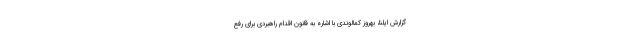
گزارش ایلنا، بهروز کمالوندی با اشاره به قانون اقدام راهبردی برای رفع